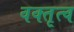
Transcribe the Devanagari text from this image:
वक्‍तृत्‍व